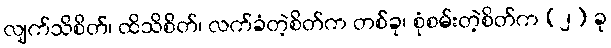
လျက်သိစိတ်၊ ထိသိစိတ်၊ လက်ခံတဲ့စိတ်က တစ်ခု၊ စုံစမ်းတဲ့စိတ်က (၂) ခု